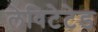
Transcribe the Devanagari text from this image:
लेविटेटेड